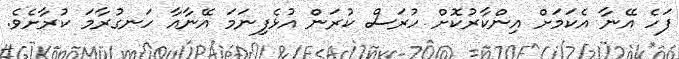
ފަހެ އޭނާ އެކަމަށް އިންކާރުކޮށް ހުރަސް ކުރަން އުޅެފިނަމަ އޭނާއާ ހަނގުރާމަ ކުރާށެވެ.